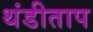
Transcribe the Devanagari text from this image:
थंडीताप